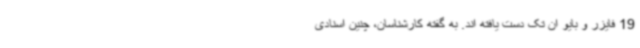
19 فایزر و بایو ان تک دست یافته اند. به گفته کارشناسان، چنین اسنادی